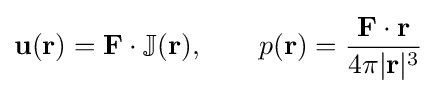
\mathbf {u} (\mathbf {r} )=\mathbf {F} \cdot \mathbb {J} (\mathbf {r} ),\qquad p(\mathbf {r} )={\frac {\mathbf {F} \cdot \mathbf {r} }{4\pi |\mathbf {r} |^{3}}}